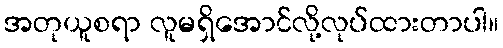
အတုယူစရာ လူမရှိအောင်လို့လုပ်ထားတာပါ။